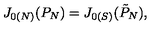
J _ { 0 ( N ) } ( P _ { N } ) = J _ { 0 ( S ) } ( \tilde { P } _ { N } ) ,